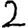
Digit: 2